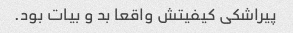
پیراشکی کیفیتش واقعا بد و بیات بود.